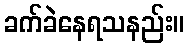
ခက်ခဲနေရသနည်း။